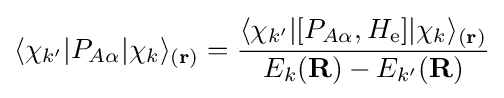
\langle \chi _{k'}|P_{A\alpha }|\chi _{k}\rangle _{(\mathbf {r} )}={\frac {\langle \chi _{k'}|[P_{A\alpha },H_{\text{e}}]|\chi _{k}\rangle _{(\mathbf {r} )}}{E_{k}(\mathbf {R} )-E_{k'}(\mathbf {R} )}}